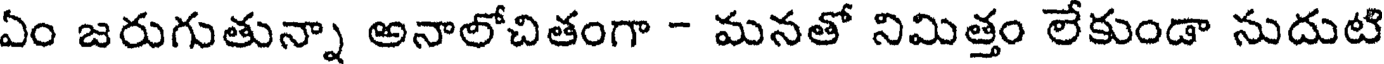
ఏం జరుగుతున్నా అనాలోచితంగా - మనతో నిమిత్తం లేకుండా నుదుటి